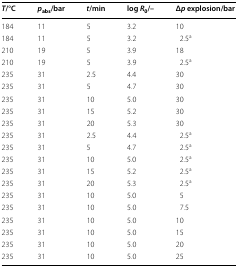
<table><thead><tr><td><b><i>T</i>/°C</b></td><td><b><i>p</i><sub>abs</sub>/bar</b></td><td><b><i>t</i>/min</b></td><td><b>log <i>R</i><sub>0</sub>/–</b></td><td><b>Δ<i>p</i> explosion/bar</b></td></tr></thead><tbody><tr><td>184</td><td>11</td><td>5</td><td>3.2</td><td>10</td></tr><tr><td>184</td><td>11</td><td>5</td><td>3.2</td><td>2.5<sup>a</sup></td></tr><tr><td>210</td><td>19</td><td>5</td><td>3.9</td><td>18</td></tr><tr><td>210</td><td>19</td><td>5</td><td>3.9</td><td>2.5<sup>a</sup></td></tr><tr><td>235</td><td>31</td><td>2.5</td><td>4.4</td><td>30</td></tr><tr><td>235</td><td>31</td><td>5</td><td>4.7</td><td>30</td></tr><tr><td>235</td><td>31</td><td>10</td><td>5.0</td><td>30</td></tr><tr><td>235</td><td>31</td><td>15</td><td>5.2</td><td>30</td></tr><tr><td>235</td><td>31</td><td>20</td><td>5.3</td><td>30</td></tr><tr><td>235</td><td>31</td><td>2.5</td><td>4.4</td><td>2.5<sup>a</sup></td></tr><tr><td>235</td><td>31</td><td>5</td><td>4.7</td><td>2.5<sup>a</sup></td></tr><tr><td>235</td><td>31</td><td>10</td><td>5.0</td><td>2.5<sup>a</sup></td></tr><tr><td>235</td><td>31</td><td>15</td><td>5.2</td><td>2.5<sup>a</sup></td></tr><tr><td>235</td><td>31</td><td>20</td><td>5.3</td><td>2.5<sup>a</sup></td></tr><tr><td>235</td><td>31</td><td>10</td><td>5.0</td><td>5</td></tr><tr><td>235</td><td>31</td><td>10</td><td>5.0</td><td>7.5</td></tr><tr><td>235</td><td>31</td><td>10</td><td>5.0</td><td>10</td></tr><tr><td>235</td><td>31</td><td>10</td><td>5.0</td><td>15</td></tr><tr><td>235</td><td>31</td><td>10</td><td>5.0</td><td>20</td></tr><tr><td>235</td><td>31</td><td>10</td><td>5.0</td><td>25</td></tr></tbody></table>